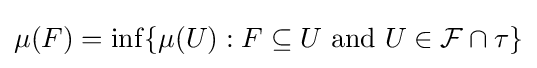
\mu (F)=\inf\{\mu (U):F\subseteq U{\text{ and }}U\in {\mathcal {F}}\cap \tau \}